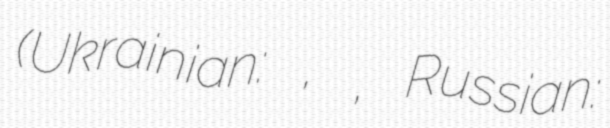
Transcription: (Ukrainian: волинка, коза, Russian: